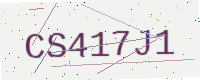
Text: CS417J1